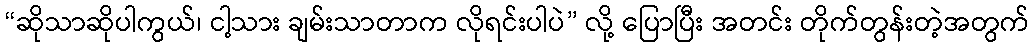
“ဆိုသာဆိုပါကွယ်၊ ငါ့သား ချမ်းသာတာက လိုရင်းပါပဲ” လို့ ပြောပြီး အတင်း တိုက်တွန်းတဲ့အတွက်